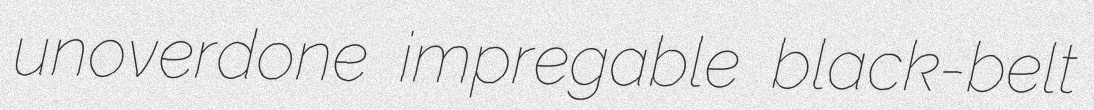
unoverdone impregable black-belt